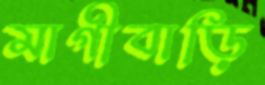
মাগীবাড়ি